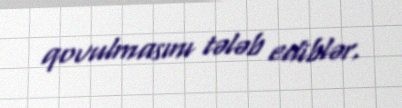
qovulmasını tələb ediblər.